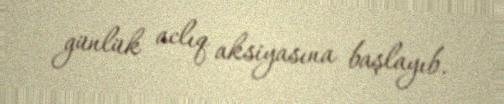
günlük aclıq aksiyasına başlayıb.